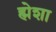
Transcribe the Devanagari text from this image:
ह्मेशा